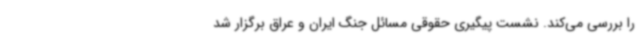
را بررسی می‌کند. نشست پیگیری حقوقی مسائل جنگ ایران و عراق برگزار شد